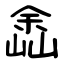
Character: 嵞